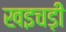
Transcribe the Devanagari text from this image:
खइचड़ी